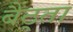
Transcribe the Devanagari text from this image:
बैठ्ता